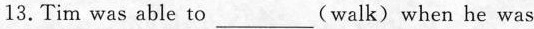
13.Tim was able to ___ (walk)when he was